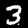
Digit: 3